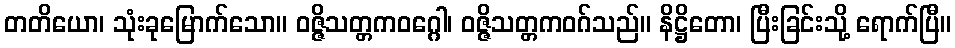
တတိယော၊ သုံးခုမြောက်သော။ ဝဇ္ဇိသတ္တကဝဂ္ဂေါ၊ ဝဇ္ဇိသတ္တကဝဂ်သည်။ နိဋ္ဌိတော၊ ပြီးခြင်းသို့ ရောက်ပြီ။